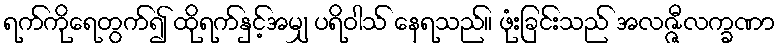
ရက်ကိုရေတွက်၍ ထိုရက်နှင့်အမျှ ပရိဝါသ် နေရသည်။ ဖုံးခြင်းသည် အလဇ္ဇီလက္ခဏာ